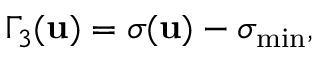
\Gamma _ { 3 } ( \mathbf { u } ) = \sigma ( \mathbf { u } ) - \sigma _ { \operatorname* { m i n } } ,